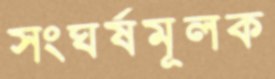
সংঘর্ষমূলক